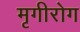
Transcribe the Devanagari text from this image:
मृगीरोग